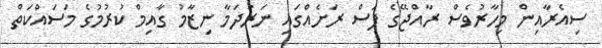
ސިއެރާއިން މިހާރުވެސް ރާއްޖޭގެ ފަސް ރަށެއްގައި ނަރުދަމާ ނިޒާމު ގާއިމް ކުރުމުގެ މަސައްކަތް